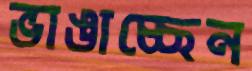
ভাঙাচ্ছেন